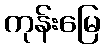
ကုန်းမြေ